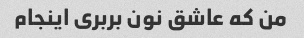
من که عاشق نون بربری اینجام